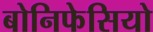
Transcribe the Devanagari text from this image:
बोनिफेसियो